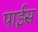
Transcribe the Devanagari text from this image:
पाईस